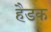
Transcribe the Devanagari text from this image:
हैडक